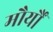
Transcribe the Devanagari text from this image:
मौर्यौं